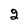
Character: 2